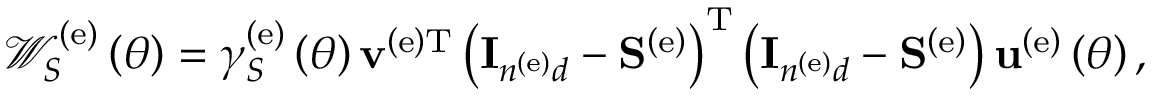
\begin{array} { r } { { \mathscr W } _ { S } ^ { \left( \mathrm { e } \right) } \left( \theta \right) = \gamma _ { S } ^ { \left( \mathrm { e } \right) } \left( \theta \right) { \bf v } ^ { \left( \mathrm { e } \right) \mathrm { T } } \left( { \bf I } _ { n ^ { \left( \mathrm { e } \right) } d } - { \bf S } ^ { \left( \mathrm { e } \right) } \right) ^ { \mathrm { T } } \left( { \bf I } _ { n ^ { \left( \mathrm { e } \right) } d } - { \bf S } ^ { \left( \mathrm { e } \right) } \right) { \bf u } ^ { \left( \mathrm { e } \right) } \left( \theta \right) , } \end{array}